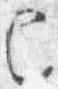
已